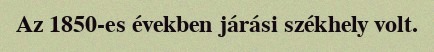
Az 1850-es években járási székhely volt.